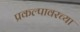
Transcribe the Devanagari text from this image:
प्रकल्पावरच्या